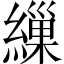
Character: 繅